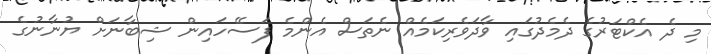
މި ދެ އެކްޓަރުގެ ދެމެދުގައި ވާދަވެރިކަމެއް ނެތަސް އެންމެ ފަސޭހައިން ޝިބާނަށް ޔުނާނުގެ